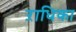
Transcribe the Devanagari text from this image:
ऱाधिका